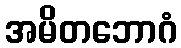
အမိတဘောဂံ